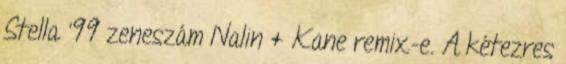
Stella ’99 zeneszám Nalin & Kane remix-e. A kétezres